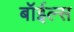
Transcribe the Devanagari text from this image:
बॉईल्स